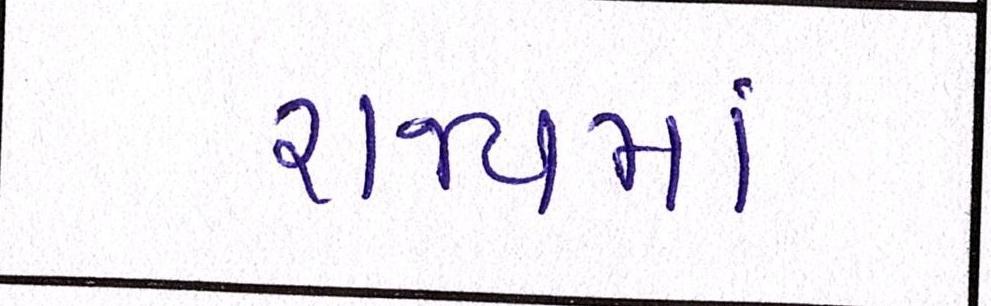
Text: રાજ્યમાં